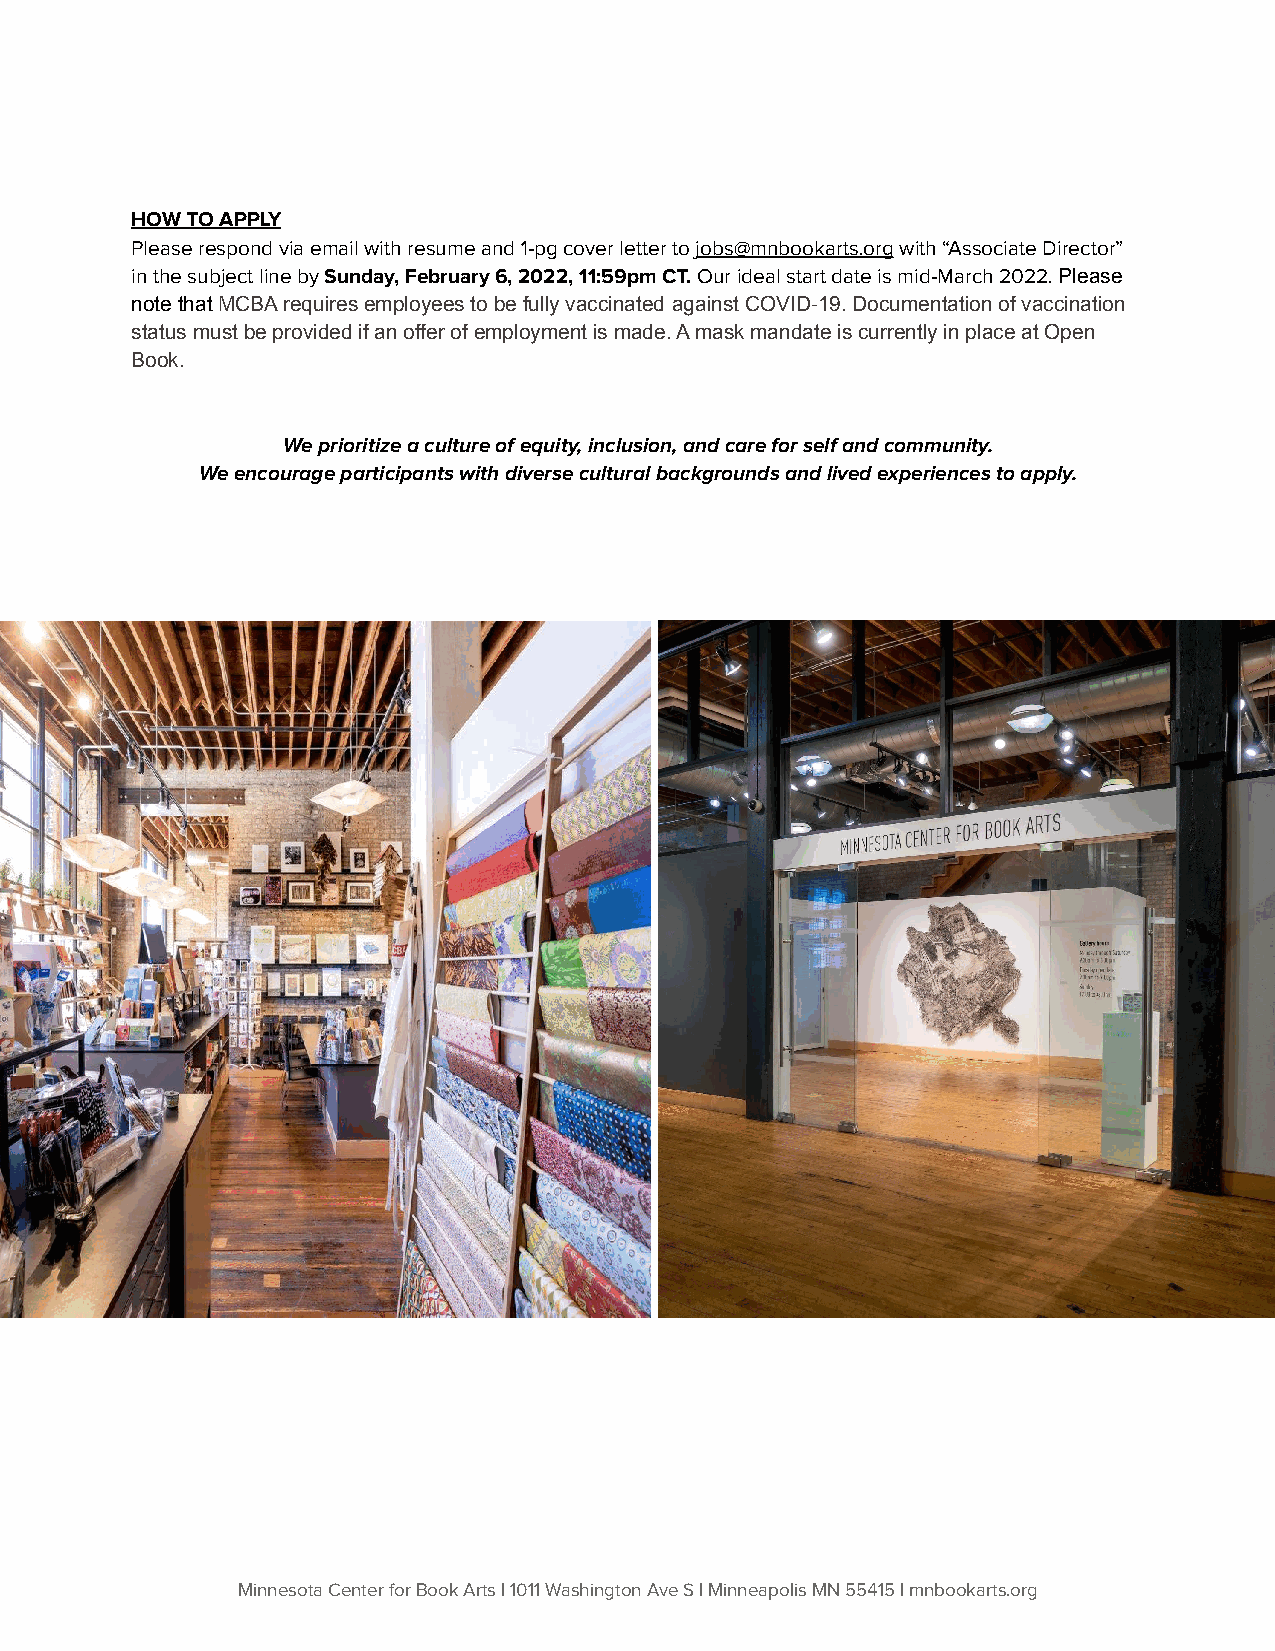
HOW TO APPLY
 Please respond via email with resume and 1-pg cover letter to jobs@mnbookarts.org with “Associate Director”
 in the subject line bySunday, February 6, 2022, 11:59pmCT.Our ideal start date is mid-March 2022.Please
 note thatMCBA requires employees to be fully vaccinated against COVID-19. Documentation of vaccination
 status must be provided if an offer of employment is made. A mask mandate is currently in place at Open
 Book.
 We prioritize a culture of equity, inclusion, and care for self and community.
 We encourage participants with diverse cultural backgrounds and lived experiences to apply.
 Minnesota Center for Book Arts | 1011 Washington Ave S | Minneapolis MN 55415 | mnbookarts.org